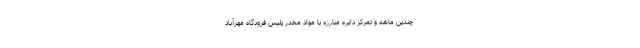
چندین ماهه و تمرکز دایره مبارزه با مواد مخدر پلیس فرودگاه مهرآباد